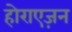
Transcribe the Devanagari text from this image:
होराएज़न